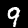
Digit: 9